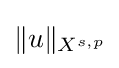
\|u\|_{X^{s,p}}